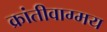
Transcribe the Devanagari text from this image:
क्रांतीवाग्मय